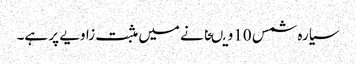
سیارہ شمس 10ویںخانے میں مثبت زاویے پر ہے۔